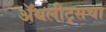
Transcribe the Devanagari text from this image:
ॲथलीट्सचा